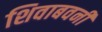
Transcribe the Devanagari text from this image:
शिवाबवनी